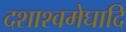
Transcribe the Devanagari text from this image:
दशाश्वमेघादि